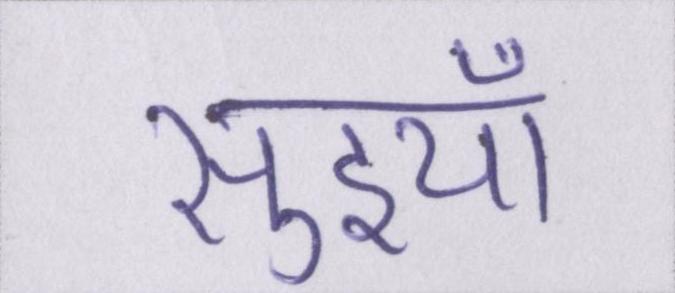
सुइयाँ